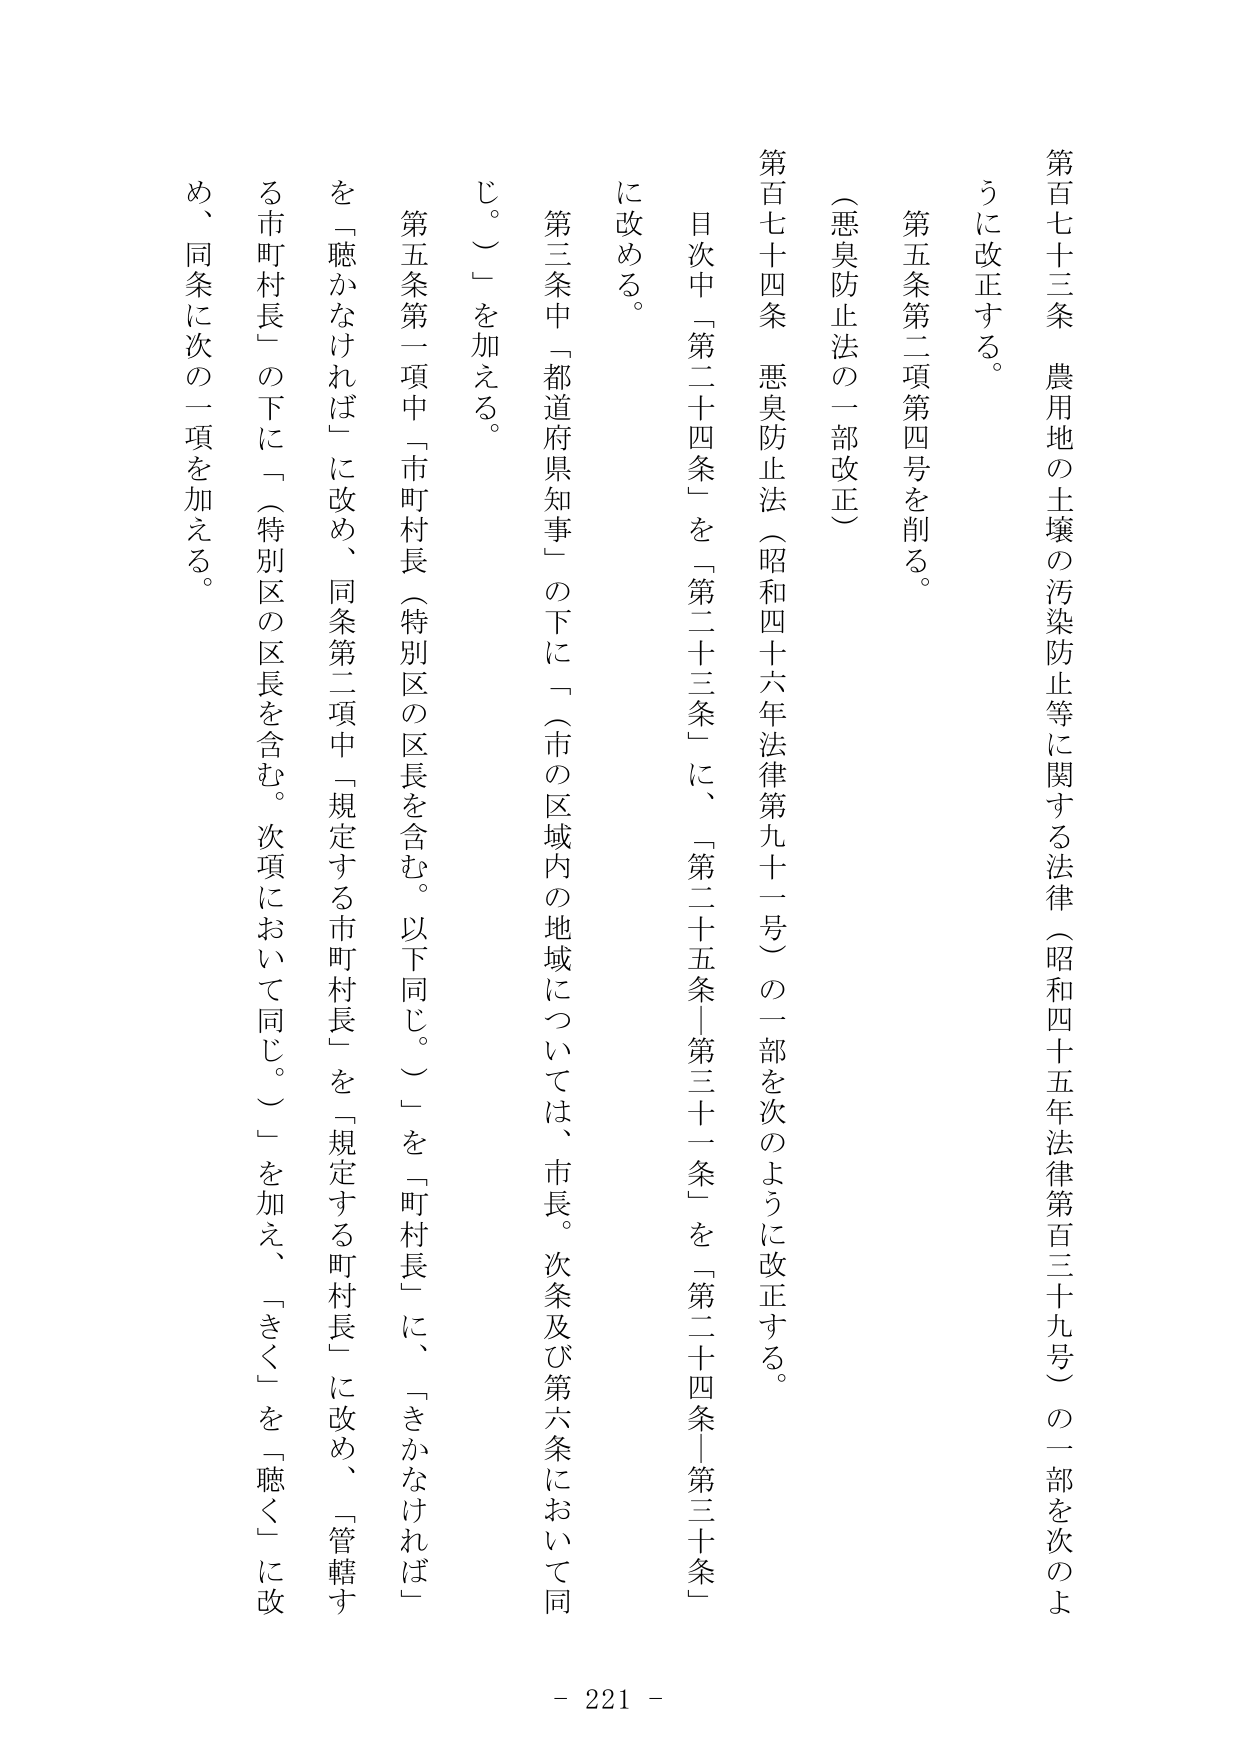
第百七十三条　農用地の土壌の汚染防止等に関する法律（昭和四十五年法律第百三十九号）の一部を次のように改正する。

第五条第二項第四号を削る。

（悪臭防止法の一部改正）

第百七十四条　悪臭防止法（昭和四十六年法律第九十一号）の一部を次のように改正する。

目次中「第二十四条」を「第二十三条」に、「第二十五条－第三十一条」を「第二十四条－第三十条」に改める。

第三条中「都道府県知事」の下に「（市の区域内の地域については、市長。次条及び第六条において同じ。）」を加える。

第五条第一項中「市町村長（特別区の区長を含む。以下同じ。）」を「町村長」に、「きかなければ」を「聴かなければ」に改め、同条第二項中「規定する市町村長」を「規定する町村長」に改め、「管轄する市町村長」の下に「（特別区の区長を含む。次項において同じ。）」を加え、「きく」を「聴く」に改め、同条に次の一項を加える。

- 221 -